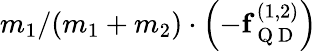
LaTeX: m_{1}/(m_{1}+m_{2})\cdot\left(-\mathbf{f}_{\mathrm{~Q~D~}}^{(1,2)}\right)